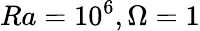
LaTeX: Ra=10^{6},\Omega=1